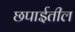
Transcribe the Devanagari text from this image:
छपाईतील